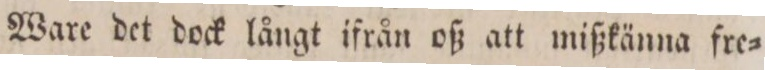
Ware det dock långt ifrån oß att mißkänna fre=